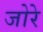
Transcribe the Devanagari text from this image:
जोरे